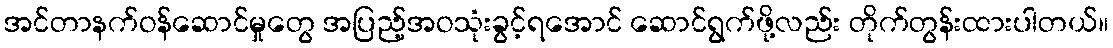
အင်တာနက်ဝန်ဆောင်မှုတွေ အပြည့်အဝသုံးခွင့်ရအောင် ဆောင်ရွက်ဖို့လည်း တိုက်တွန်းထားပါတယ်။